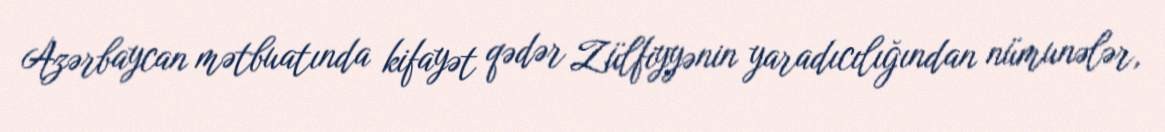
Azərbaycan mətbuatında kifayət qədər Zülfiyyənin yaradıcılığından nümunələr,